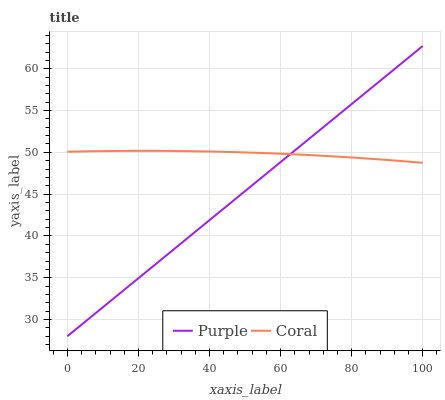
| xaxis_label | Purple | Coral |
 | --- | --- | --- |
 | 0 | 28 | 50.1 |
 | 6.67 | 30.3 | 50.1 |
 | 13.3 | 32.6 | 50.2 |
 | 20 | 34.9 | 50.2 |
 | 26.7 | 37.3 | 50.2 |
 | 33.3 | 39.6 | 50.1 |
 | 40 | 41.9 | 50.1 |
 | 46.7 | 44.2 | 50 |
 | 53.3 | 46.5 | 49.9 |
 | 60 | 48.8 | 49.8 |
 | 66.7 | 51.1 | 49.7 |
 | 73.3 | 53.5 | 49.6 |
 | 80 | 55.8 | 49.4 |
 | 86.7 | 58.1 | 49.2 |
 | 93.3 | 60.4 | 49 |
 | 100 | 62.7 | 48.8 |